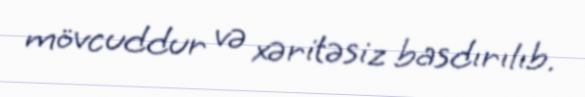
mövcuddur və xəritəsiz basdırılıb.